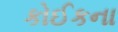
કોઈકના